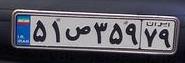
۵۱ص۳۵۹۷۹